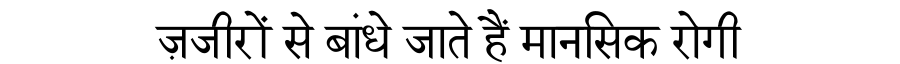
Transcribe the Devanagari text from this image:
ज़जीरों से बांधे जाते हैं मानसिक रोगी